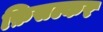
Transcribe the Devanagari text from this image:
फ़िसल्कर